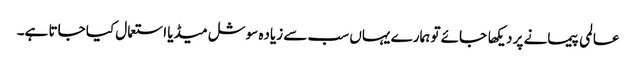
عالمی پیمانے پر دیکها جائے تو ہمارے یہاں سب سے زیاده سوشل میڈیا استعمال کیا جاتا ہے۔